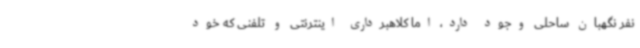
نفر نگهبان ساحلی وجود دارد، اما کلاهبرداری اینترنتی و تلفنی که خود